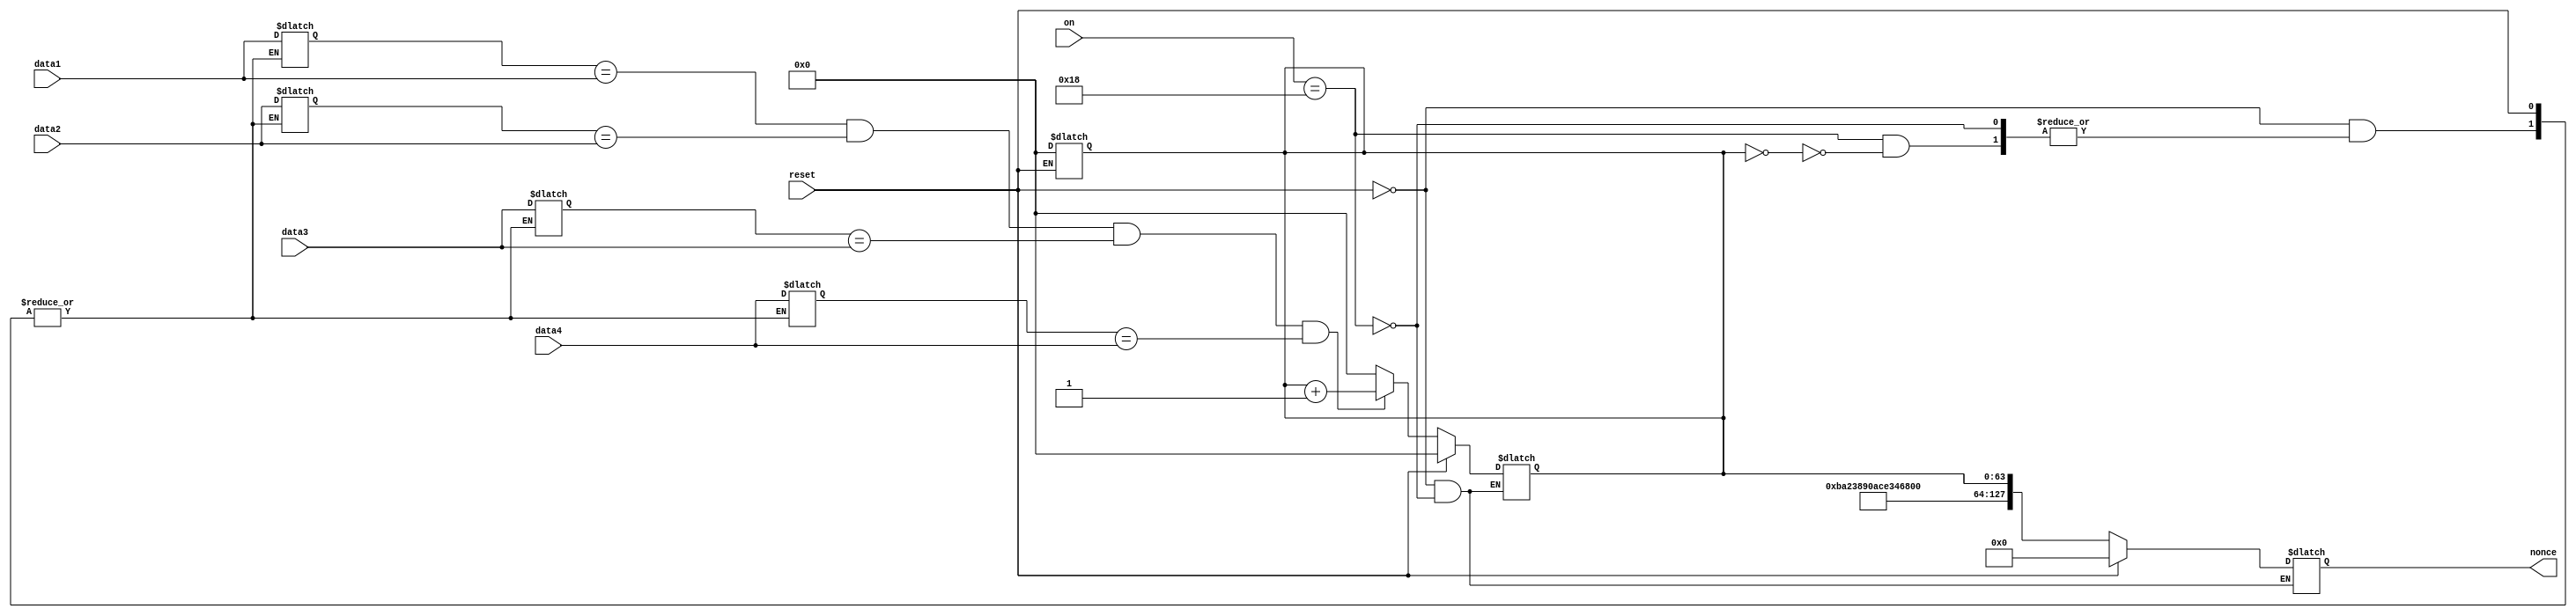
module int (reset,nonce,data1,data2,data3,data4,on);

input[31:0] data1;
input[31:0] data2;
input[31:0] data3;
input[31:0] data4;

input [5:0] on;

parameter  [63:0] iv=64'hba23890ace346bf1;


output reg [127:0] nonce;




reg [63:0] counter;


reg[31:0] key1;
reg[31:0] key2;
reg[31:0] key3;
reg[31:0] key4;



input reset;



always@(on or counter)
begin
  if (reset==1)
    counter<=0;
else
  begin
    if(on==5'h18)
      begin
         if(counter==0)
           begin
             key1<=data1;
             key2<=data2;
             key3<=data3;
             key4<=data4;
              end
      else 
        begin
          key1<=key1;
          key2<=key2;
          key3<=key3;
          key4<=key4;
          
          end
          end
end
end
  
 
always@(on)
begin
  if(reset==1)
   counter<=0;
  else
    begin
      if(on==5'h18)
        begin
      if((key1==data1)&&(key2==data2)&&(key3==data3)&&(key4==data4))
                 
                 counter<=counter+1;
                 
     else 
       
       counter<=0;
  end
    end//else1
end//always

always@(on or counter )
begin
  if(reset==1)
    nonce<=0;
  else
    if(on==5'h18)
    nonce<={iv,counter};
  else
    nonce<=nonce;
    
end

endmodule